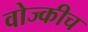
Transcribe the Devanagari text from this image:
वोज्कीच